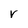
Character: V